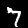
Digit: 7